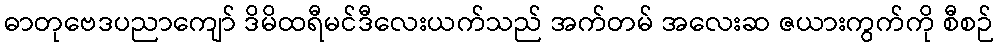
ဓာတုဗေဒပညာကျော် ဒိမိထရီမင်ဒီလေးယက်သည် အက်တမ် အလေးဆ ဇယားကွက်ကို စီစဉ်